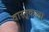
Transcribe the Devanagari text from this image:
वास्तु्कला